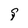
Character: f